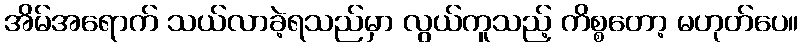
အိမ်အရောက် သယ်လာခဲ့ရသည်မှာ လွယ်ကူသည့် ကိစ္စတော့ မဟုတ်ပေ။